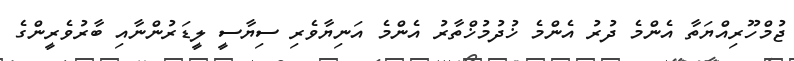
ޖުމްހޫރިއްޔަތާ އެންމެ ދުރު އެންމެ ޚުދުމުޚްތާރު އެންމެ އަނިޔާވެރި ސިޔާސީ ލީޑަރުންނާއި ބާރުވެރީންގެ